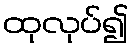
ထုလုပ်၍